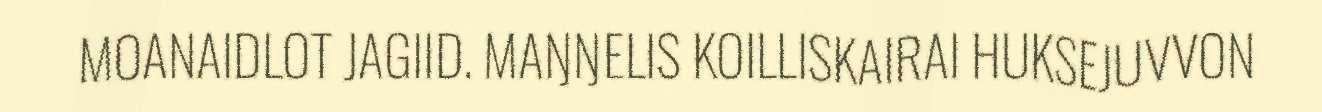
MOANAIDLOT JAGIID. MAŊŊELIS KOILLISKAIRAI HUKSEJUVVON